Annual report of the Civil Veterinary Department, Bengal, for the year 1898-99 - 1898-1899
Year: 1898
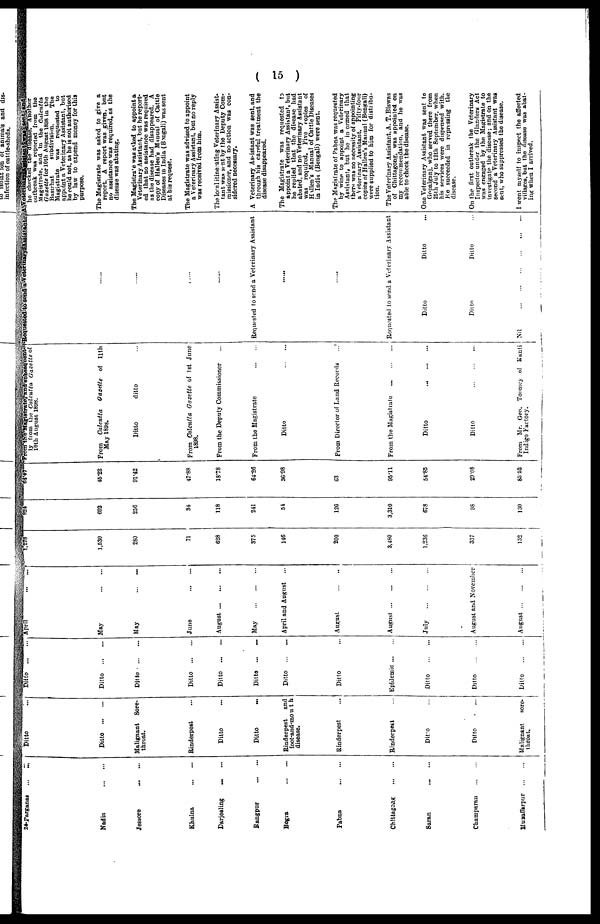
( 15 )
24-Parganas
...
...
Nadia ... ...
Jessore ... ...
Khulna
...
...
Darjeeling
...
...
Bangpur
...
...
Bogra
...
...
Pabna
...
...
Chittagoag
...
...
Saran
...
...
Champaran ... ...
Muzaffarpur
...
...
Ditto...
Ditto
...
...
Malignant
Sore-
throat.
Rinderpest ...
Ditto...
Ditto ...
Rinderpest
and
foot-and-mouth
disease
Rinderpest ...
Rinderpest ...
Ditto ...
Ditto...
Malignant
sore-
throat.
Ditto
...
...
Ditto
...
...
Ditto
...
...
Ditto
...
...
Ditto
...
...
Ditto
...
...
Ditto
...
Ditto
Epidemic ...
Ditto
...
...
Ditto ... ...
Ditto
...
...
April
...
...
May
...
...
May
...
...
June
...
...
August
...
...
...
May
...
...
...
April and August ...
August
...
...
|
I
August
...
...
...
July ... ... ...
August and November
August...
...
...
1,278
1,530
280
71
628
375
146
200
3,480
1 ,236
337
152
824
692
256
34
118
241
54
126
3,310
678
98
130
64 47
45 22
91 42
47 83
18 78
64 26
3698
63
95 11
54. 83
29 .08
85 52
From the Magistrate and subsequent-
ly from the Calcutta Gazette of
10th August 1898.
From
Calcutta
Gazette
of
11th
May 1898.
Ditto
ditto ...
From Calcutta
Gazette of 1st June
1898.
From the Deputy Commissioner ..
From the Magistrate
...
...
Ditto
...
...
From Director of Land Record ...
From the Magistiate
...
...
Ditto
...
...
...
Ditto
...
...
From Mr. Geo. Toomey of
Kunli
Indigo Factory.
Requested to send a Veterinary Assistant
......
......
......
......
Requested to send a Veterinary Assistant
i
......
......
Requested to send a Veterinary Assistant
Ditto
Ditto ...
Ditto Ditto ...
Nil ... ... ... ... ... ...
A Veterinary Assistant was sent and
he checked the disease. Another
outbreak was reported from
the
Magistrate, and in the
Calcutta.
Gazette lor 10th August 1898 in the
Basrhut
subdivision.
The
Magistrate
was
requested
to
appoint a Veterinary Assistant, but
he could not, as he is not authorised
by law to expend money for this
purpose.
The Magistrate was asked to give a
report. A report was given, but
no assistance was required, as the
disease was abating.
The Magistra'e was asked to appoint a
Veterinary Assistant, but he report-
ed that no assistance was required
as the disease had disappeared. A
copy of Hallen's Manual of Cattle
Diseases in India (Bangali) was sent
at his request.
The Magistrate was advised to appoint
a Veterinary Assistant, but no reply
was received from him.
The lo cl itine ating Veterinary Assist-
tant was sent by the Deputy Com-
missioner, and no action was con-
sidered necessary.
A Veterinary Assistant was sent, and
through his careful treatment the
disease disappeared.
The Magistrate was requested
to
appoint a Veterinary Assistant, but
he replied that the disease had
abated, and no Veterinary Assistant
was required.
Five copies of
Hallen's Manual of Cattle Diseases
in India (Bengali) were sent.
The Magistrate of Pabna was requested
by wine to appoint a Veterinary
Assistant, hut he in ormed that
there was no necessity of appointing
a Veterinary Assistant.
Fifty-four
copies of Hallen's Manual (Bengali)
were supplied to him for distribu-
tion.
The Veterinary Assistant, A. T. Biswas
of Chittagong, was appointed on
my recommendation, and he was
able to check tbe disease.
One Veterinary Assistant was sent to
Gopalganj who served there from
25th July to 12th September, when
his services were dispensed with.
He succeeded in repressing
the
disease.
On the first outbreak the Veterinary
Inspector under the Glanders Act
was encaged by the Magistrate to
investigate the disease; and on the
second a Veterinary Assistant was
sent, who suppressed the disease.
I went myself to inspect the affected
villages, but the disease was abat-
ing when I arrived.